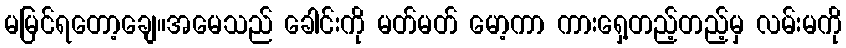
မမြင်ရတော့ချေ။အမေသည် ခေါင်းကို မတ်မတ် မော့ကာ ကားရှေ့တည့်တည့်မှ လမ်းမကို